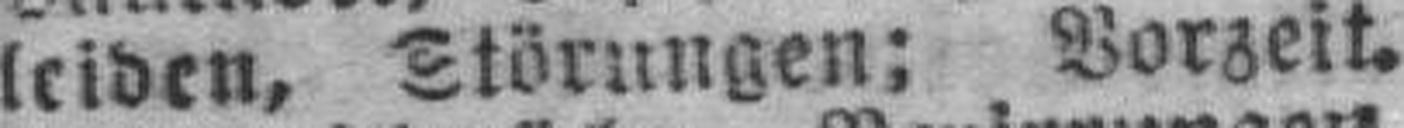
leiden, Störungen; Vorzeit.